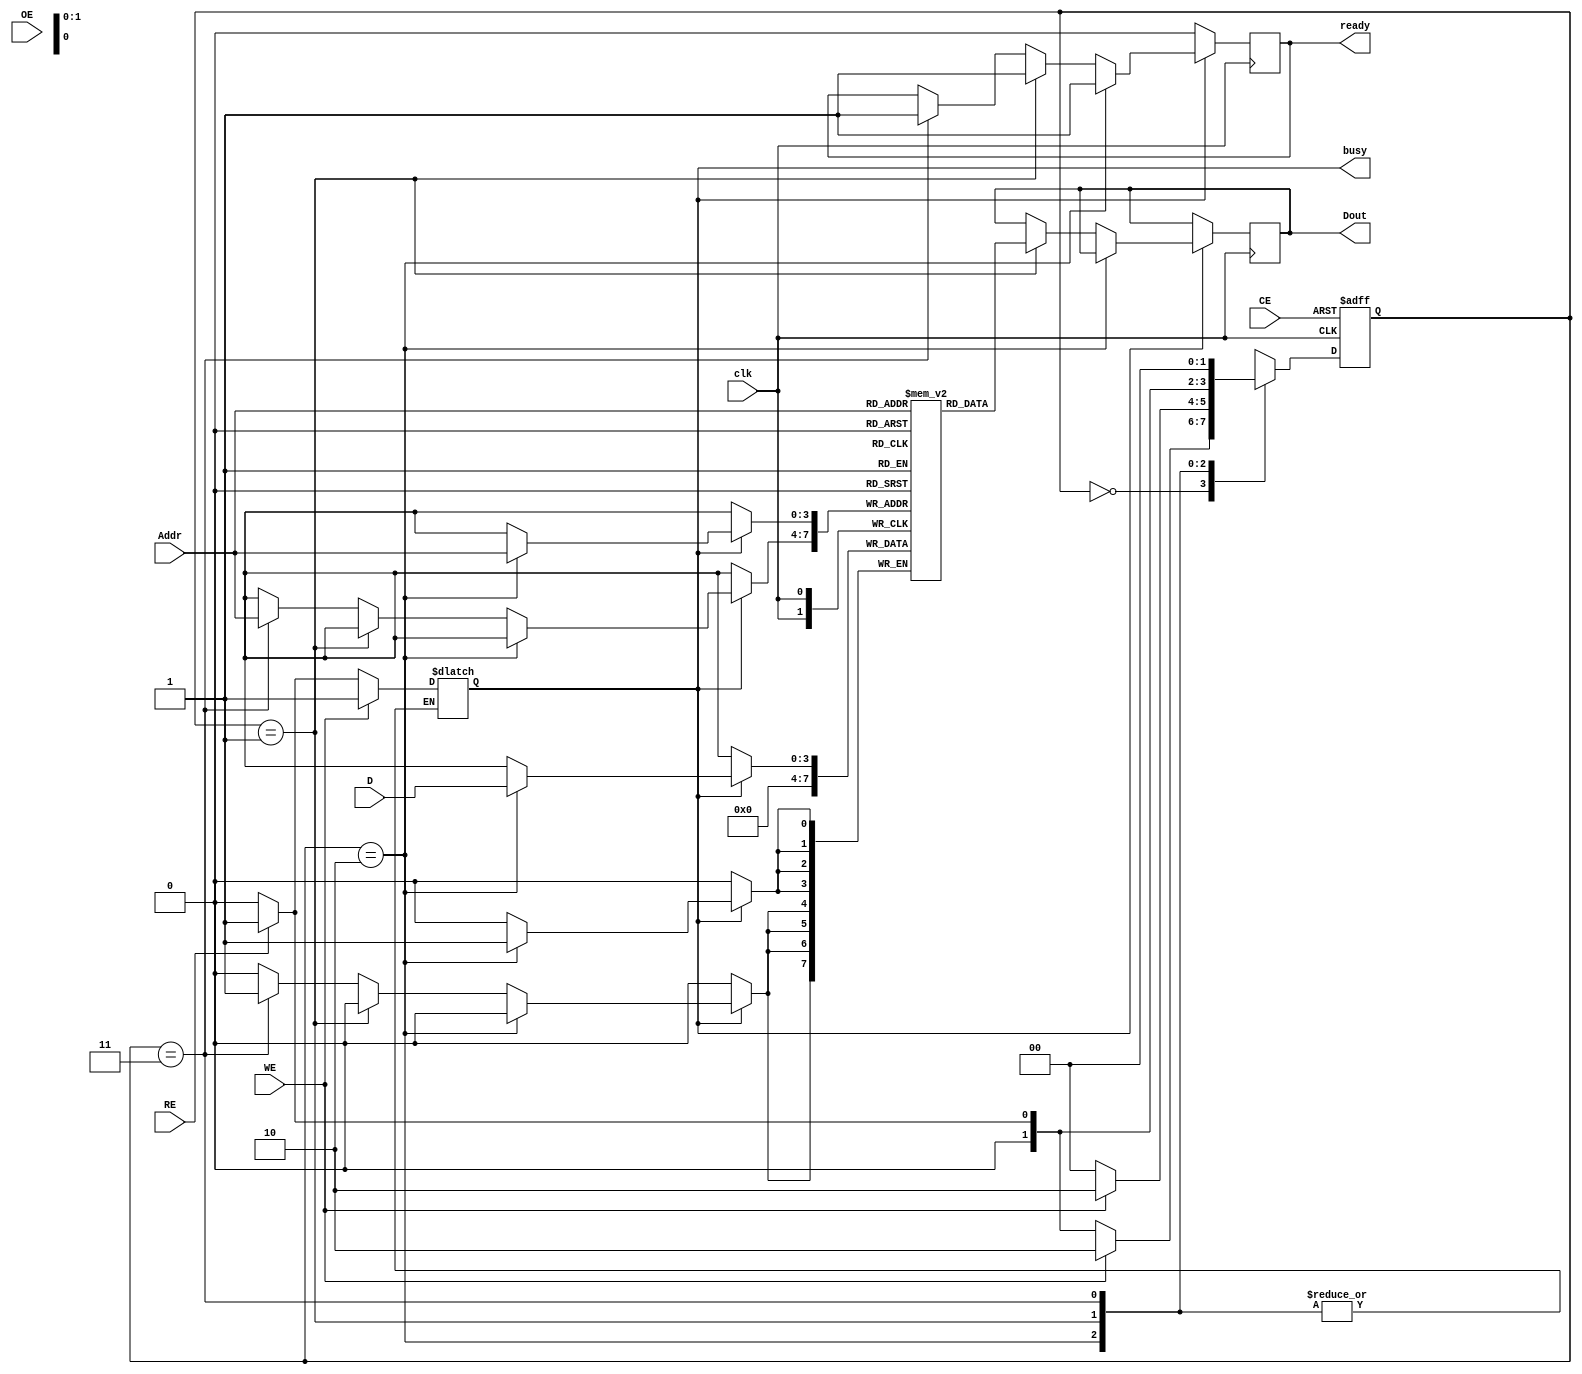
module QLC_NAND (
    input wire [3:0] D,         // Input data for four bits
    input wire RE,              // Read Enable
    input wire WE,              // Write Enable
    input wire CE,              // Chip Enable
    input wire OE,              // Output Enable
    input wire [3:0] Addr,      // Address to access specific memory cell
    input wire clk,             // Clock signal
    output reg [3:0] Dout,      // Output data read from memory cell
    output reg ready,           // Status signal for ready
    output reg busy             // Status signal for busy
);

    // Memory array to hold QLC data (assuming 16 cells for this example)
    reg [3:0] memory [15:0];
    reg [1:0] state;            // State representation
    reg [1:0] next_state;

    // State encoding
    localparam IDLE   = 2'b00,
               READ   = 2'b01,
               WRITE  = 2'b10,
               ERASE  = 2'b11;

    // State machine for managing operations
    always @(posedge clk or negedge CE) begin
        if (!CE) begin
            state <= IDLE;  // Reset state on chip disable
        end else begin
            state <= next_state;
        end
    end

    // Define state transitions
    always @(*) begin
        case(state)
            IDLE: begin
                if (WE) begin
                    next_state = WRITE;
                    busy = 1;
                end else if (RE) begin
                    next_state = READ;
                    busy = 1;
                end else if (/* erase signify */ 0) begin
                    next_state = ERASE;
                    busy = 1;
                end else begin
                    next_state = IDLE;
                    busy = 0;
                end
            end
            WRITE: begin
                // Write operation active
                if (!WE) begin
                    next_state = IDLE; // Go back to idle after write
                end else begin
                    next_state = WRITE; // Continue write
                end
            end
            READ: begin
                // Read operation active
                if (!RE) begin
                    next_state = IDLE; // Go back to idle after read
                end else begin
                    next_state = READ; // Continue read
                end
            end
            ERASE: begin
                // Erase operation active
                next_state = IDLE; // Go back to idle
            end
            default: begin
                next_state = IDLE;
            end
        endcase
    end

    // Handle the operations based on state
    always @(posedge clk) begin
        if (busy) begin
            if (state == WRITE) begin
                memory[Addr] <= D; // Writing data to memory
                ready <= 1;
            end else if (state == READ) begin
                Dout <= memory[Addr]; // Reading data from memory
                ready <= 1;
            end else if (state == ERASE) begin
                memory[Addr] <= 4'b0000; // Erasing data
                ready <= 1;
            end
        end else begin
            ready <= 0;
        end
    end

endmodule